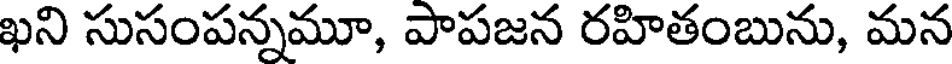
ఖని సుసంపన్నమూ, పాపజన రహితంబును, మన